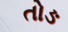
તોઙ